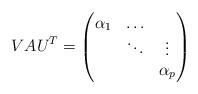
LaTeX: \begin{align*}V A U^T = \left( \begin{matrix} \alpha_{1} & \ldots &\\& \ddots & \vdots \\ \mbox{} & & \alpha_{p} \end{matrix} \right) \end{align*}